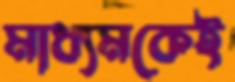
মাধ্যমকেই